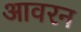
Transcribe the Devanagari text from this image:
आवरन